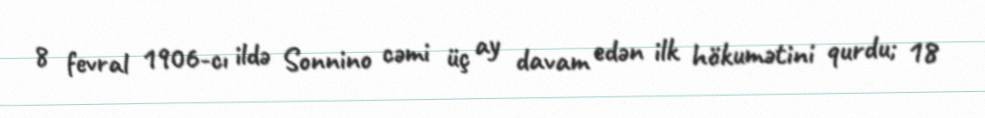
8 fevral 1906-cı ildə Sonnino cəmi üç ay davam edən ilk hökumətini qurdu; 18